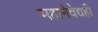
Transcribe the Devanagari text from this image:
महानैवेद्यही